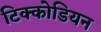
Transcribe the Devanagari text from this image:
टिक्कोडियन